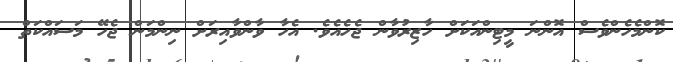
ކޮންމެހެންވެސް އޮންނަ މީޓިންއަކަށް ހާޒިރުވާން ޖެހެއެވެ. އެހާ ވާންވާއިރަށް ނިންމަން ޖެހޭ މަސައްކަތް